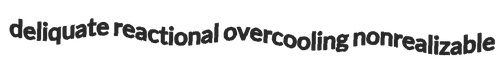
deliquate reactional overcooling nonrealizable